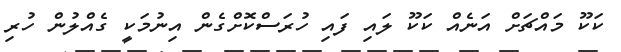
ކަކޫ މައްޗަށް އަނެއް ކަކޫ ލައި ފައި ހުރަސްކޮށްގެން އިނުމަކީ ގެއްލުން ހުރި